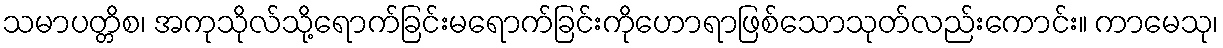
သမာပတ္တိစ၊ အကုသိုလ်သို့ရောက်ခြင်းမရောက်ခြင်းကိုဟောရာဖြစ်သောသုတ်လည်းကောင်း။ ကာမေသု၊